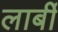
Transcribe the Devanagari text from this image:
लार्बी